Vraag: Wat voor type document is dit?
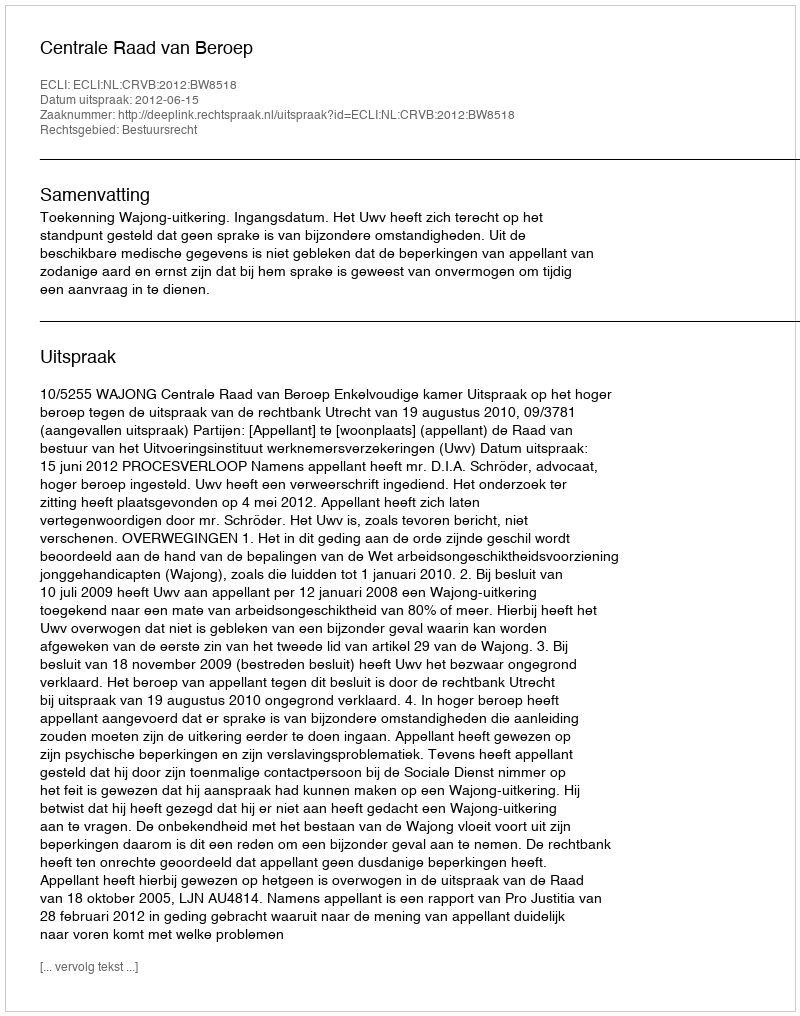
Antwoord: Uitspraak